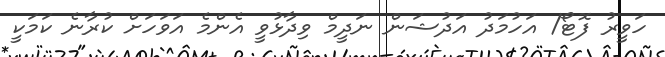
ހަވީރު ފޮޓޯ/ އަހުމަދު އަދުޝަން ނަދީމް ވިދާޅުވީ އެންމެ އަވަަހަށް ކުރާނެ ކަމަކީ